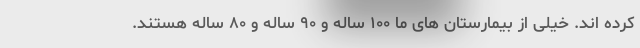
کرده اند. خیلی از بیمارستان های ما ۱۰۰ ساله و ۹۰ ساله و ۸۰ ساله هستند.